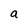
Character: a